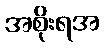
အစိုးရအ